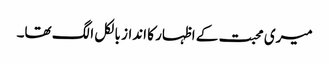
میری محبت کے اظہار کا انداز بالکل الگ تھا۔